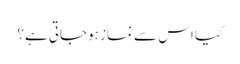
کیا اس سے نماز ہوجاتی ہے؟